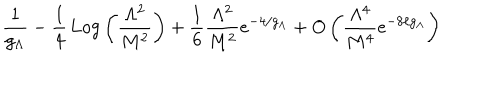
LaTeX: \frac { 1 } { g _ { \Lambda } } - \frac { 1 } { 4 } \, \mathrm { L o g } \left( \frac { \Lambda ^ { 2 } } { M ^ { 2 } } \right) + \frac { 1 } { 6 } \frac { \Lambda ^ { 2 } } { M ^ { 2 } } e ^ { - 4 / g _ { \Lambda } } + O \left( \frac { \Lambda ^ { 4 } } { M ^ { 4 } } e ^ { - 8 / g _ { \Lambda } } \right)